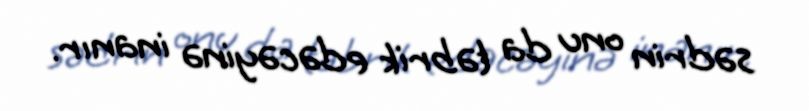
sədrin onu da təbrik edəcəyinə inanır.